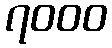
၇၀၀၀